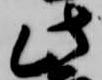
此